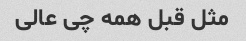
مثل قبل همه چی عالی